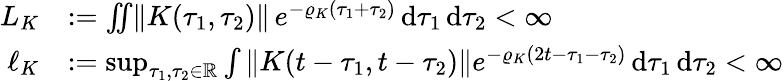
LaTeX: \begin{array}{rl}{L_{K}}&{\mathrel{\mathop:}=\iint\lVert K(\tau_{1},\tau_{2})\rVert\, e^{-\varrho_{K}(\tau_{1}+\tau_{2})}\mathop{\mathrm{d}\tau_{1}}\mathop{\mathrm{d}\tau_{2}}<\infty}\\ {\ell_{K}}&{\mathrel{\mathop:}=\operatorname*{sup}_{\tau_{1},\tau_{2}\in\mathbb{R}}\int\left\| K(t-\tau_{1},t-\tau_{2})\right\| e^{-\varrho_{K}(2t-\tau_{1}-\tau_{2})}\mathop{\mathrm{d}\tau_{1}}\mathop{\mathrm{d}\tau_{2}}<\infty}\end{array}